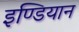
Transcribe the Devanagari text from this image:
इण्डियान